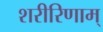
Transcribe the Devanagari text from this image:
शरीरिणाम्